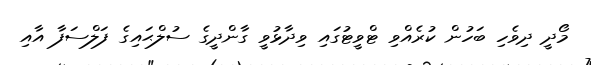
މޯދީ ދިވެހި ބަހުން ކުރެއްވި ޓްވީޓުގައި ވިދާޅުވީ ގާންދީގެ ސުލްޙައިގެ ފަލްސަފާ އާއި